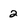
Character: 2